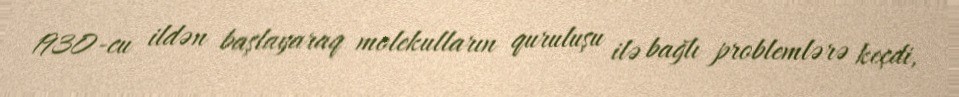
1930-cu ildən başlayaraq molekulların quruluşu ilə bağlı problemlərə keçdi,